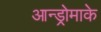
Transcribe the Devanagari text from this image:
आन्ड्रोमाके